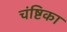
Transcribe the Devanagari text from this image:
चंष्टिका